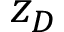
z _ { D }